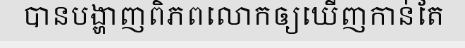
បានបង្ហាញពិភពលោកឲ្យឃើញកាន់តែ